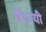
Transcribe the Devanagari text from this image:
बैठायी